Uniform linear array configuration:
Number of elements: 64
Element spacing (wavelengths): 0.25
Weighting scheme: blackman
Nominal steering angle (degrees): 0
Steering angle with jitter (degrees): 1.382
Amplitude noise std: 0.05
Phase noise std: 0.05

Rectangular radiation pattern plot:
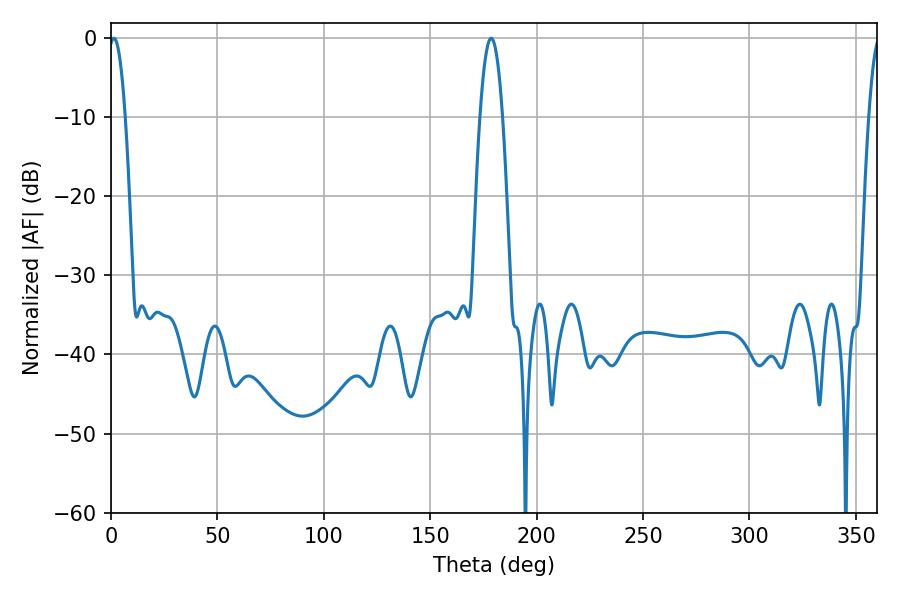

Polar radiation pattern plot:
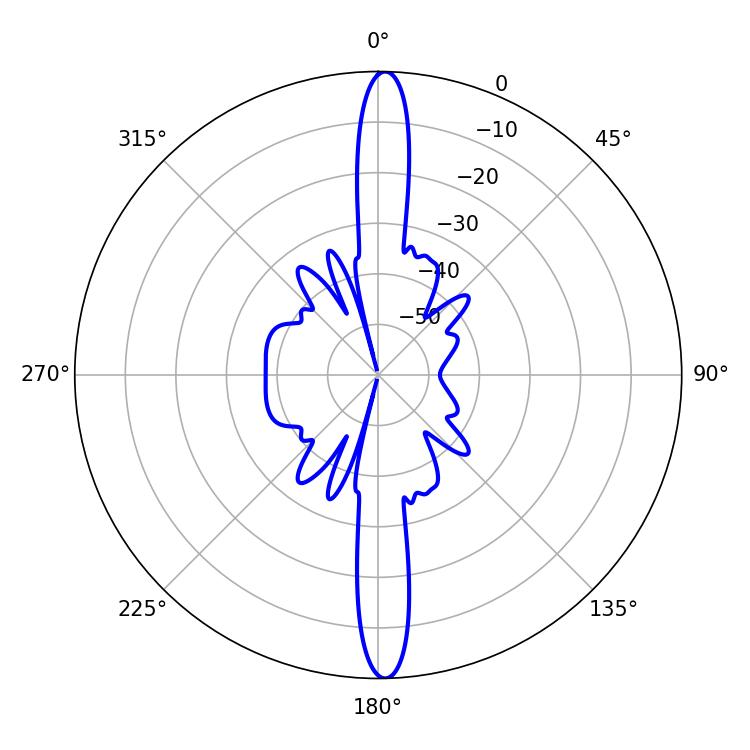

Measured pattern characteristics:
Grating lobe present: FALSE
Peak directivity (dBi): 25.976
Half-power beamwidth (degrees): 4.32
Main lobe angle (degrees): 1.44